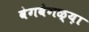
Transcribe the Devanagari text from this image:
वेगवेगळ्य़ा